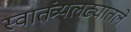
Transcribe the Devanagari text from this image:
स्वातंत्र्यलढ्यातले